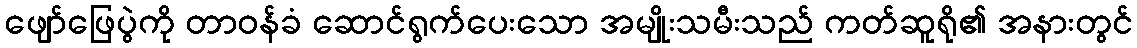
ဖျော်ဖြေပွဲကို တာဝန်ခံ ဆောင်ရွက်ပေးသော အမျိုးသမီးသည် ကတ်ဆူရို၏ အနားတွင်